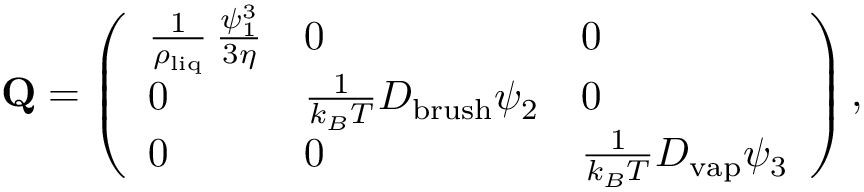
\mathbf { Q } = \left( \begin{array} { l l l } { \frac { 1 } { \rho _ { \mathrm { l i q } } } \, \frac { \psi _ { 1 } ^ { 3 } } { 3 \eta } } & { 0 } & { 0 } \\ { 0 } & { \frac { 1 } { k _ { B } T } D _ { \mathrm { b r u s h } } \psi _ { 2 } } & { 0 } \\ { 0 } & { 0 } & { \frac { 1 } { k _ { B } T } D _ { \mathrm { v a p } } \psi _ { 3 } } \end{array} \right) ,